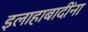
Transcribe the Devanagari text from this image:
इलाहाबादींना